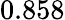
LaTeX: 0.858